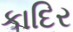
કાદિર